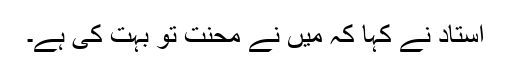
استاد نے کہا کہ میں نے محنت تو بہت کی ہے۔